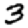
Digit: 3